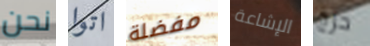
نحن اتوا مفضلة الإشاعة حرج